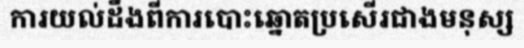
ការយល់ដឹងពីការបោះឆ្នោតប្រសើរជាងមនុស្ស